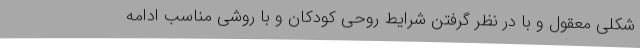
شکلی معقول و با در نظر گرفتن شرایط روحی کودکان و با روشی مناسب ادامه